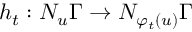
h _ { t } : N _ { u } \Gamma \to N _ { \varphi _ { t } ( u ) } \Gamma